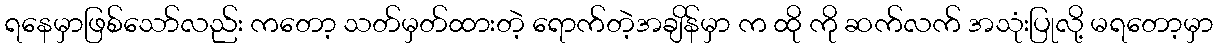
ရနေမှာဖြစ်သော်လည်း ကတော့ သတ်မှတ်ထားတဲ့ ရောက်တဲ့အချိန်မှာ က ထို ကို ဆက်လက် အသုံးပြုလို့ မရတော့မှာ